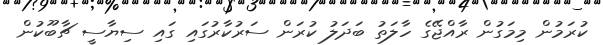
ކުރަމުން މިމަގުން ރާއްޖޭގެ ހާލަތު ބަދަލު ކުރަން ސަރުކާރުގައި ގައި ސިޔާސީ ޗާބޫކުން